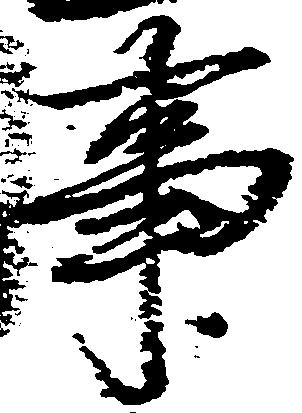
事